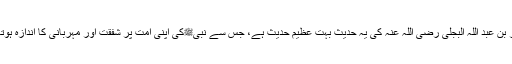
جریر بن عبد اللہ البجلی رضی اللہ عنہ کی یہ حدیث بہت عظیم حدیث ہے، جس سے نبیﷺکی اپنی امت پر شفقت اور مہربانی کا اندازہ ہوتا ہے۔